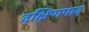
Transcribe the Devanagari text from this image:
दक्षिणपाद